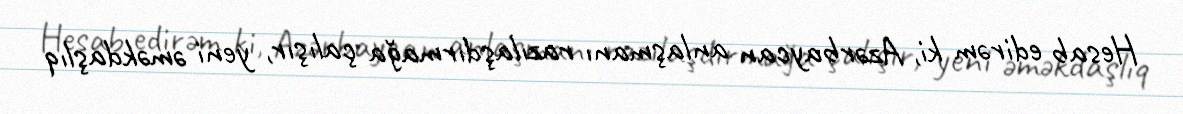
Hesab edirəm ki, Azərbaycan anlaşmanı razılaşdırmağa çalışır, yeni əməkdaşlıq